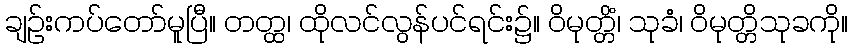
ချဉ်းကပ်တော်မူပြီ။ တတ္ထ၊ ထိုလင်လွန်ပင်ရင်း၌။ ဝိမုတ္တိံ၊ သုခံ၊ ဝိမုတ္တိသုခကို။